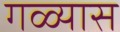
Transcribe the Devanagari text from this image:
गळ्यास